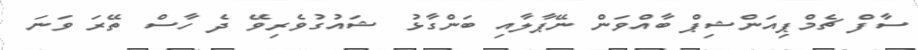
ސާފް ޗެމްޕިއަންޝިޕް ބާއްވަން ނޭޕާލާއި ބަންގާޅު ޝައުގުވެރިވޭ ދެ ހާސް ތޭރަ ވަނަ